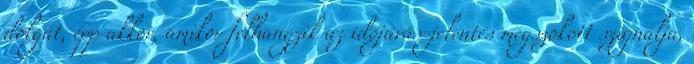
dolgát, épp akkor, amikor felhangzik az időjárás-jelentés megszokott szignálja,